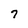
Character: 7